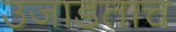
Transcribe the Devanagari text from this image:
उजाडताच